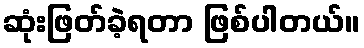
ဆုံးဖြတ်ခဲ့ရတာ ဖြစ်ပါတယ်။